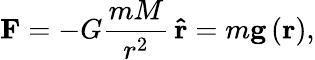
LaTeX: \mathbf{F}=-G{\frac{mM}{{r}^{2}}}\, \mathbf{\hat{r}}=m\mathbf{g}\left(\mathbf{r}\right),